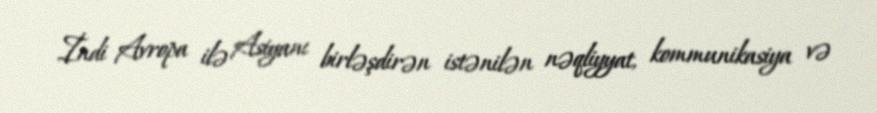
İndi Avropa ilə Asiyanı birləşdirən istənilən nəqliyyat, kommunikasiya və